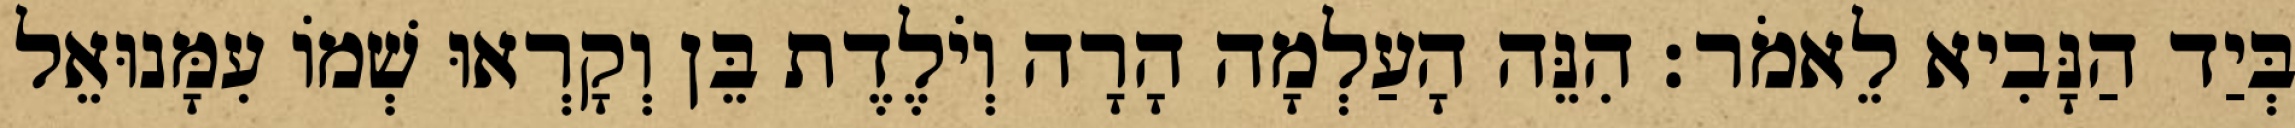
בְּיַד הַנָּבִיא לֵאמֹר׃ הִנֵּה הָעַלְמָה הָרָה וְיֹלֶדֶת בֵּן וְקָרְאוּ שְׁמוֹ עִמָּנוּאֵל